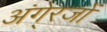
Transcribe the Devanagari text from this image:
अंगे्रजों